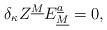
LaTeX: \begin{align*}\delta_\kappa Z^{\underline M}E_{\underline M}^{\underline a}=0,\end{align*}